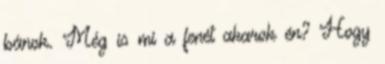
bánok. Még is mi a fenét akarok én? Hogy